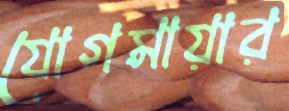
যোগমায়ার